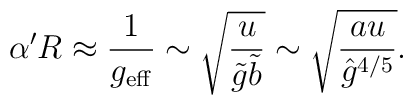
\alpha' R \approx \frac{1}{g_{\rm eff}} \sim \sqrt{\frac{u}{\tilde g\tilde b}} \sim \sqrt{\frac{a u}{{\hat g}^{4/5}}}.